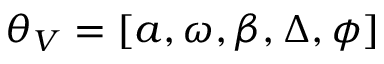
\theta _ { V } = [ a , \omega , \beta , \Delta , \phi ]